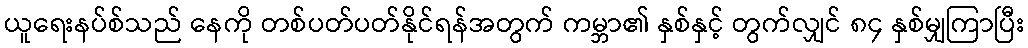
ယူရေးနပ်စ်သည် နေကို တစ်ပတ်ပတ်နိုင်ရန်အတွက် ကမ္ဘာ၏ နှစ်နှင့် တွက်လျှင် ၈၄ နှစ်မျှကြာပြီး